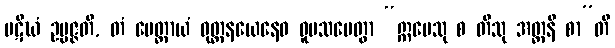
ပဋိဃံ ဥပ္ပဇ္ဇတိ, တံ မေတ္တာယံ ဝုတ္တနယေနေဝ ဝူပသမေတွာ “ဣမေသု စ တီသု အတ္တနိ စာ”တိ